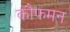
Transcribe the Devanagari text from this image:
कौफमन